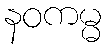
နဝကမ္မ